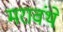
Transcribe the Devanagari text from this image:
मरावंथे